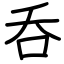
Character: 呑